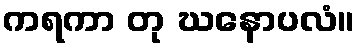
ကရကာ တု ဃနောပလံ။